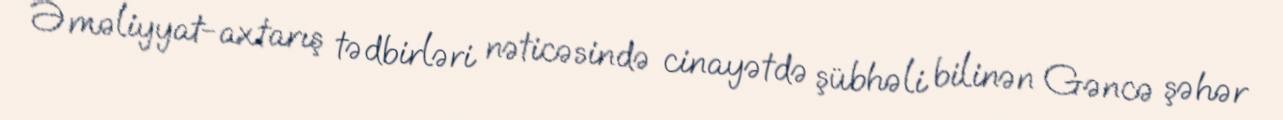
Əməliyyat-axtarış tədbirləri nəticəsində cinayətdə şübhəli bilinən Gəncə şəhər